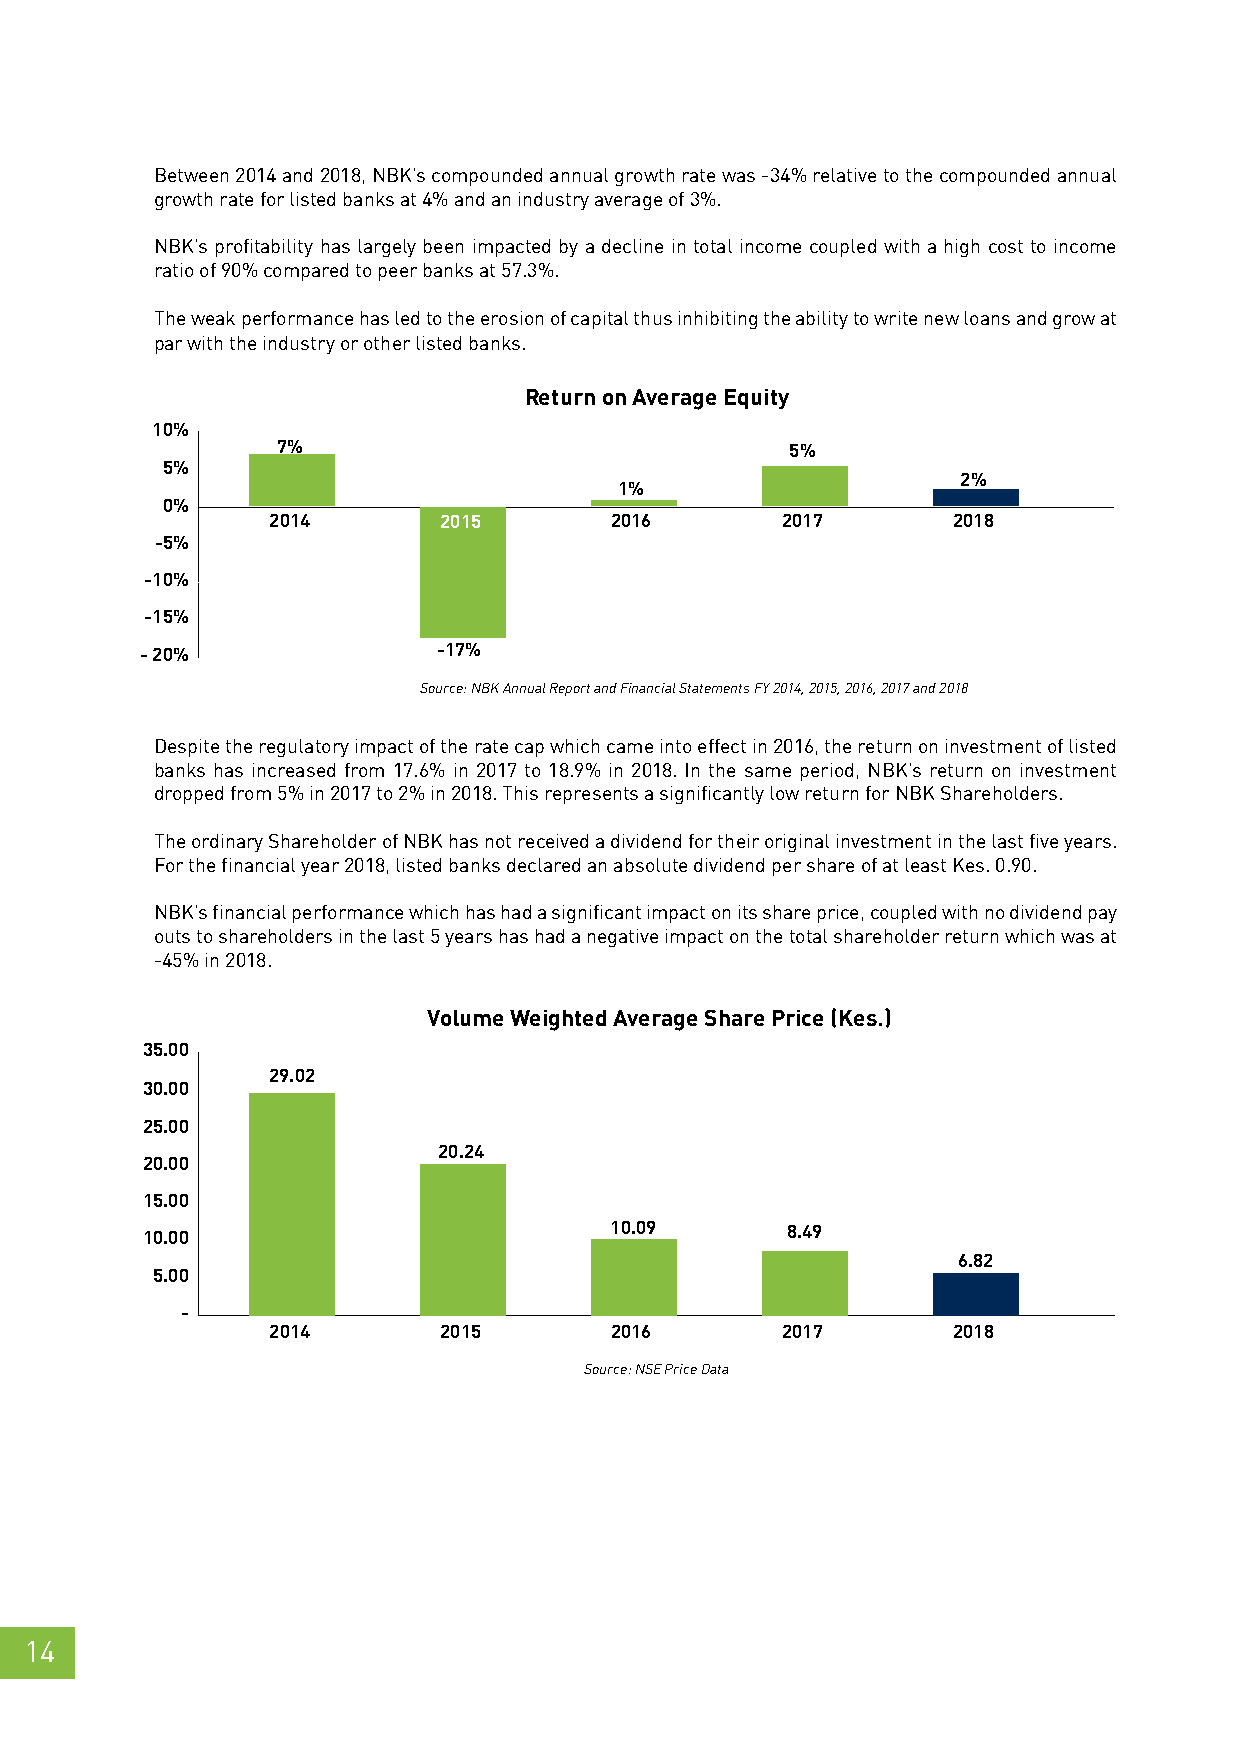
Between 2014 and 2018, NBK’s compounded annual growth rate was -34% relative to the compounded annual
 growth rate for listed banks at 4% and an industry average of 3%.
 NBK’s profitability has largely been impacted by a decline in total income coupled with a high cost to income
 ratio of 90% compared to peer banks at 57.3%.
 The weak performance has led to the erosion of capital thus inhibiting the ability to write new loans and grow at
 par with the industry or other listed banks.
 Return on Average Equity
 10%
 7%                                5%
 5%
 2%
 1%
 0%
 2014       2015       2016        2017       2018
 -5%
 -10%
 -15%
 - 20%               -17%
 Source: NBK Annual Report and Financial Statements FY 2014, 2015, 2016, 2017 and 2018
 Despite the regulatory impact of the rate cap which came into effect in 2016, the return on investment of listed
 banks has increased from 17.6% in 2017 to 18.9% in 2018. In the same period, NBK’s return on investment
 dropped from 5% in 2017 to 2% in 2018. This represents a significantly low return for NBK Shareholders.
 The ordinary Shareholder of NBK has not received a dividend for their original investment in the last five years.
 For the financial year 2018, listed banks declared an absolute dividend per share of at least Kes. 0.90.
 NBK’s financial performance which has had a significant impact on its share price, coupled with no dividend pay
 outs to shareholders in the last 5 years has had a negative impact on the total shareholder return which was at
 -45% in 2018.
 Volume Weighted Average Share Price (Kes.)
 35.00
 29.02
 30.00
 25.00
 20.24
 20.00
 15.00
 10.09       8.49
 10.00
 6.82
 5.00
 -
 2014       2015       2016        2017       2018
 Source: NSE Price Data
 14